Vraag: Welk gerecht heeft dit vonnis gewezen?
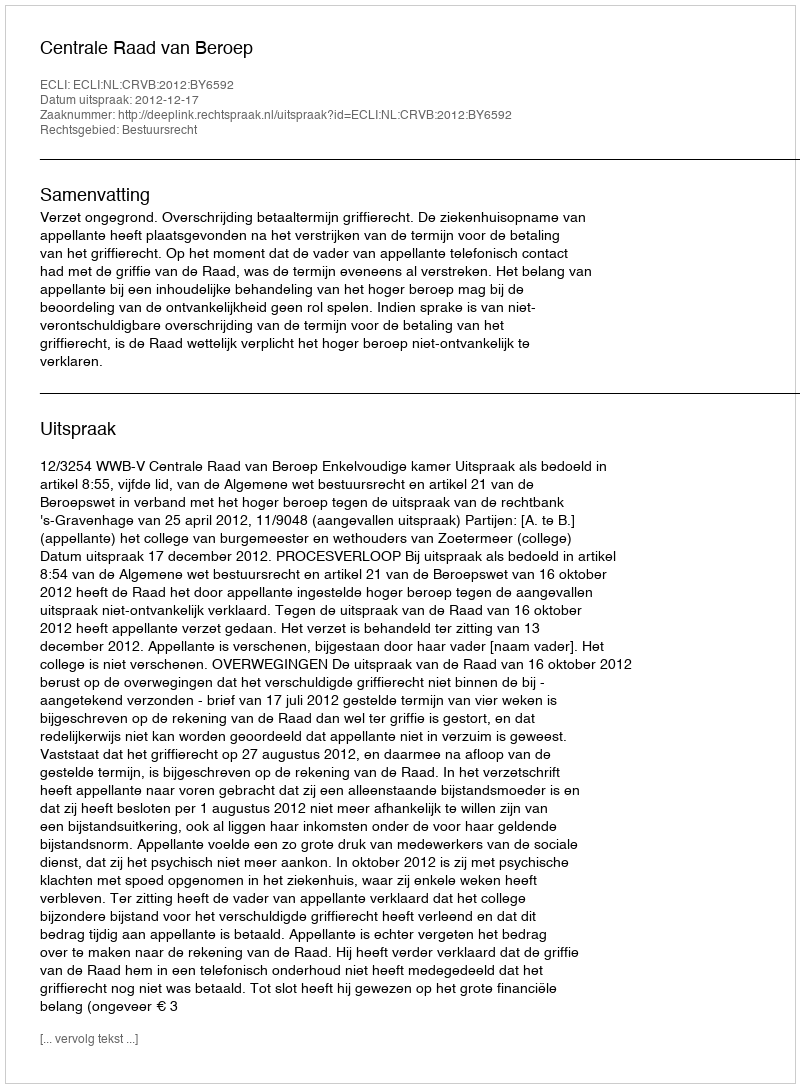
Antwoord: Centrale Raad van Beroep